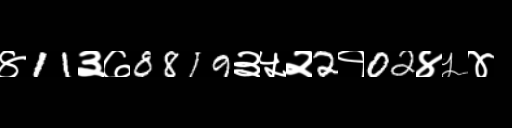
Text: ४11३७8819३५२2१02४५४